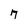
Character: 7